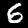
Digit: 6